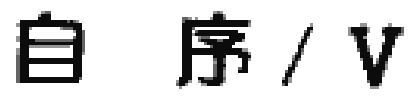
自序/V